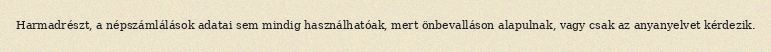
Harmadrészt, a népszámlálások adatai sem mindig használhatóak, mert önbevalláson alapulnak, vagy csak az anyanyelvet kérdezik.